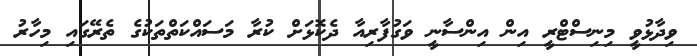
ވިދާޅުވީ މިނިސްޓްރީ އިން އިންސާނީ ވަގުފާރިއާ ދެކޮޅަށް ކުރާ މަސައްކަތްތަކުގެ ތެރޭގައި މިހާރު